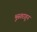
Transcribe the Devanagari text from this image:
भूस्तराहून